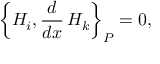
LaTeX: \left\{ H _ { i } , \frac { d } { d x } \, H _ { k } \right\} _ { P } = 0 ,